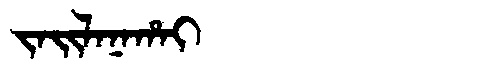
Manchu: ᠵᠠᡳᠯᠠᠨᠠᡥᠠᡳ
Romanization: JAILANAHAI